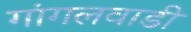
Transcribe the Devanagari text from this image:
गांगलवाडी